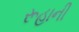
રૂહાની